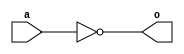
`timescale 1ns / 1ps

module my_not(
    input  a,
    output o
);
    assign o = !a;
endmodule